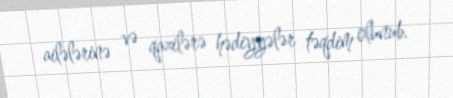
ailələrinə və qazilərə hədiyyələr təqdim olunub.